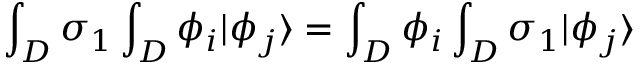
\int _ { D } \sigma _ { 1 } \int _ { D } \phi _ { i } | \phi _ { j } \rangle = \int _ { D } \phi _ { i } \int _ { D } \sigma _ { 1 } | \phi _ { j } \rangle \,